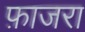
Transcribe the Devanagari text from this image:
फ़ाजरा